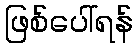
ဖြစ်ပေါ်ရန်